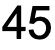
45